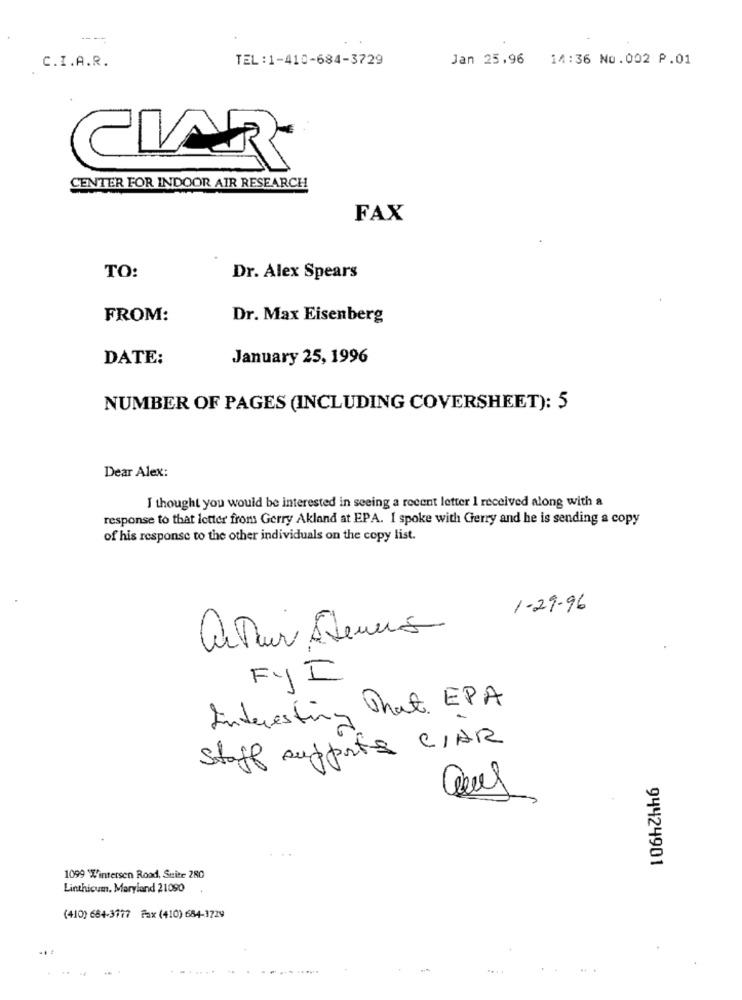
---
TEL:1-410-684-3729
Jan 25,96
5 14:36 No.002 P.01
C.I.A.R.
CIAR
CENTER FOR INDOOR AIR RESEARCH
FAX
TO:
Dr. Alex Spears
FROM:
Dr. Max Eisenberg
DATE:
January 25, 1996
NUMBER OF PAGES (INCLUDING COVERSHEET): 5
Dear Alex:
I thought you would be interested in seeing a recent letter I received along with a
response to that letter from Gerry Akland at EPA. I spoke with Gerry and he is sending a copy
of his response to the other individuals on the copy list.
1-29.96
arthur Steuns
FYI
Interesting That. EPA
Staff supports C/AR
94424901
1099 L'intersen Road, Suite 280
Linthicum, Maryland 21090
(410) 684-3777 Fax (410) 684-1729
....